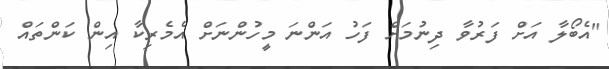
"އެބޯލާ އަށް ފަރުވާ ދިނުމަށް ފަހު އަންނަ މީހުންނަށް އެމެރިކާ އިން ކަންތައް